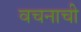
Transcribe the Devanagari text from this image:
वचनाची